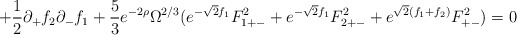
\begin{align*}+ \frac{1}{2} \partial_+ f_2 \partial_- f_1 + \frac{5}{3} e^{-2 \rho} \Omega^{2/3} (e^{-\sqrt{2} f_1} F_{1 +-}^2 + e^{-\sqrt{2} f_1} F_{2 +-}^2+ e^{\sqrt{2} ( f_1 + f_2 )} F_{+-}^2 ) = 0\end{align*}